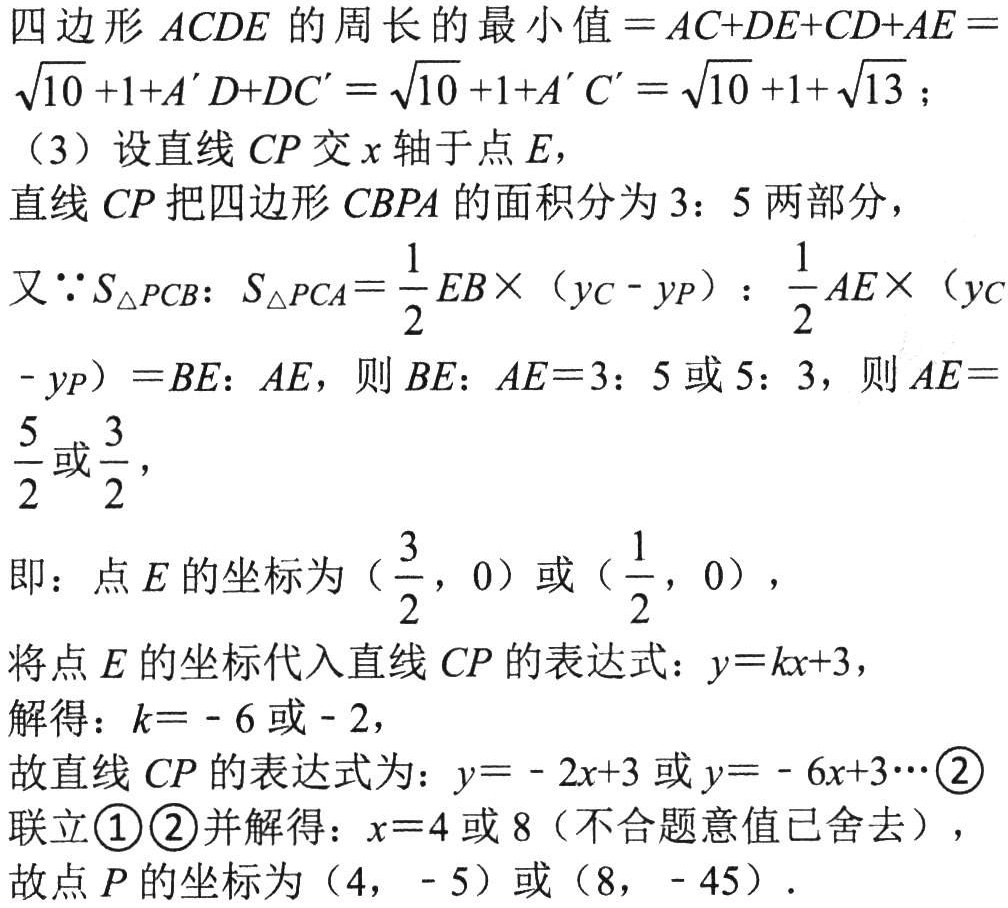
四边形\(ACDE\)的周长的最小值\(=AC + DE+CD + AE=\sqrt{10}+1 + A'D + DC'=\sqrt{10}+1 + A'C'=\sqrt{10}+1+\sqrt{13}\)；
（3）设直线\(CP\)交\(x\)轴于点\(E\)，
直线\(CP\)把四边形\(CBPA\)的面积分为\(3:5\)两部分，
又\(\because S_{\triangle PCB}:S_{\triangle PCA}=\frac{1}{2}EB\times(y_C - y_P):\frac{1}{2}AE\times(y_C - y_P)=BE:AE\)，则\(BE:AE = 3:5\)或\(5:3\)，则\(AE=\frac{5}{2}\)或\(\frac{3}{2}\)，
即：点\(E\)的坐标为\((\frac{3}{2},0)\)或\((\frac{1}{2},0)\)，
将点\(E\)的坐标代入直线\(CP\)的表达式：\(y = kx + 3\)，
解得：\(k=-6\)或\(-2\)，
故直线\(CP\)的表达式为：\(y=-2x + 3\)或\(y=-6x + 3\cdots\textcircled{2}\)
联立\textcircled{1}\textcircled{2}并解得：\(x = 4\)或\(8\)（不合题意值已舍去），
故点\(P\)的坐标为\((4,-5)\)或\((8,-45)\)．